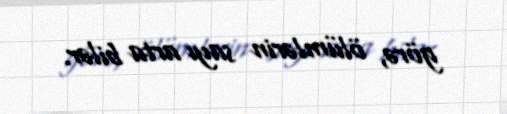
görə, ölümlərin sayı arta bilər.